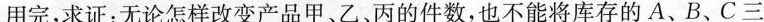
用完，求证：无论怎样改变产品甲、乙、丙的件数，也不能将库存的A、B、C三